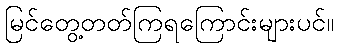
မြင်တွေ့တတ်ကြရကြောင်းများပင်။